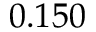
0 . 1 5 0